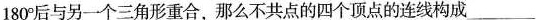
180^{\circ}后与另一个三角形重合，那么不共点的四个顶点的连线构成___